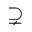
\supsetneq